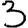
Digit: 3